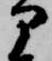
部